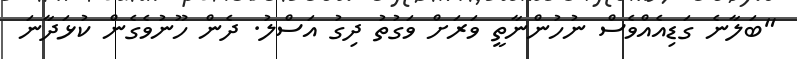
"ބަލާނެ ގަޑިއެއްވެސް ނުހުންނާތީ ވަރަށް ވަގުތު ދިގު އަސްލު. ދެން ހޫނުވެގެން ކުޅަދާނަ